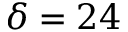
\delta = 2 4